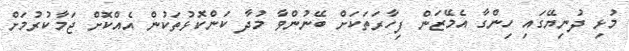
މުޅި ދުނިޔޭގައި ހިންގާ އެމޭޒަން ފިހާރަތަކަށް ބޭނުންވާ މުދާ ކަންކޮޅުތަކުން އެއްކޮށް ޖަމާކުރުމަށް